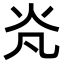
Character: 𭴄